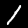
Digit: 1